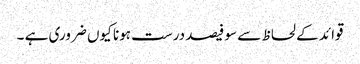
قوائد کے لحاظ سے سو فیصد درست ہونا کیوں ضروری ہے ۔